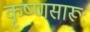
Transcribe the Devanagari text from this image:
कृष्‍णसारूः